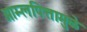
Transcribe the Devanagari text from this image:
आम्लपित्तामुळे